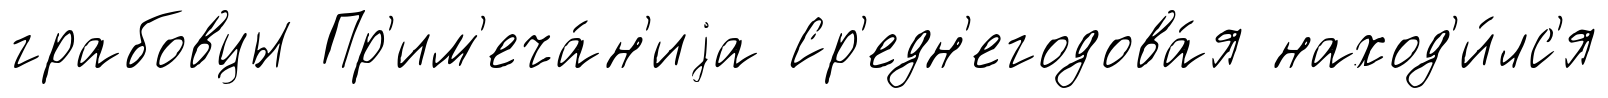
грабовцы Пр'им'еча́н'иjа Ср'едн'егодова́я наход'и́лс'я